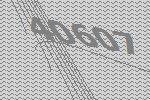
40607